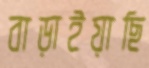
বাড়াইয়াছি